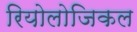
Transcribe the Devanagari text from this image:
रियोलोजिकल